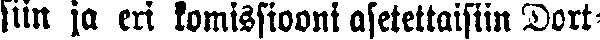
siin ja eri komissiooni asetettaisiin Dort-